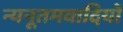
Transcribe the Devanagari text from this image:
न्यनूतमवादियों